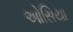
ઓસિયા